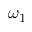
\omega _ { 1 }